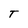
Character: T